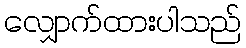
လျှောက်ထားပါသည်